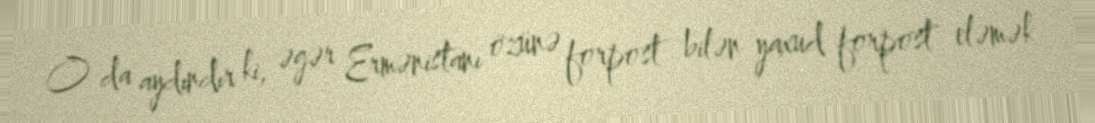
O da aydındır ki, əgər Ermənistanı özünə forpost bilən yaxud forpost eləmək